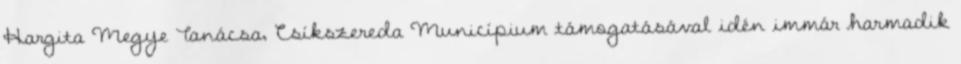
Hargita Megye Tanácsa, Csíkszereda Municípium támogatásával idén immár harmadik